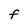
Character: F